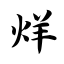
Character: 烊